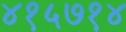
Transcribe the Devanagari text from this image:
४१५७१४